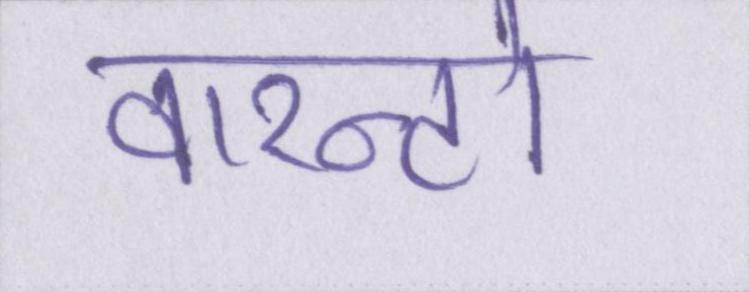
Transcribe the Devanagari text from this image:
वारन्टो